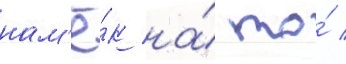
нам'ё́к на́ то́ /